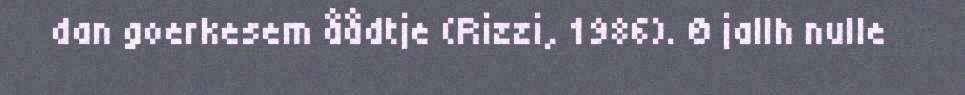
dan goerkesem åådtje (Rizzi, 1986). Ø jallh nulle